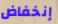
إنخفاض